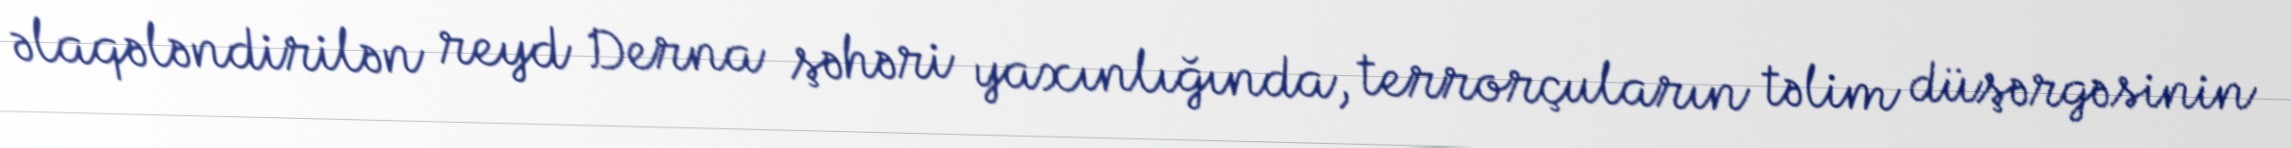
əlaqələndirilən reyd Derna şəhəri yaxınlığında, terrorçuların təlim düşərgəsinin